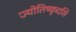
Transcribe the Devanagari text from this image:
ज्योतिष्कृदसि